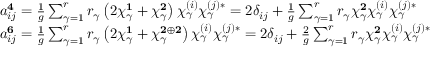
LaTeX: \begin{array} { l } { { a _ { i j } ^ { { \bf 4 } } = \frac { 1 } { g } \sum _ { \gamma = 1 } ^ { r } r _ { \gamma } \left( 2 \chi _ { \gamma } ^ { { \bf 1 } } + \chi _ { \gamma } ^ { { \bf 2 } } \right) \chi _ { \gamma } ^ { ( i ) } \chi _ { \gamma } ^ { ( j ) * } = 2 \delta _ { i j } + \frac { 1 } { g } \sum _ { \gamma = 1 } ^ { r } r _ { \gamma } \chi _ { \gamma } ^ { { \bf 2 } } \chi _ { \gamma } ^ { ( i ) } \chi _ { \gamma } ^ { ( j ) * } } } \\ { { a _ { i j } ^ { { \bf 6 } } = \frac { 1 } { g } \sum _ { \gamma = 1 } ^ { r } r _ { \gamma } \left( 2 \chi _ { \gamma } ^ { { \bf 1 } } + \chi _ { \gamma } ^ { { \bf 2 } \oplus { \bf 2 } } \right) \chi _ { \gamma } ^ { ( i ) } \chi _ { \gamma } ^ { ( j ) * } = 2 \delta _ { i j } + \frac { 2 } { g } \sum _ { \gamma = 1 } ^ { r } r _ { \gamma } \chi _ { \gamma } ^ { { \bf 2 } } \chi _ { \gamma } ^ { ( i ) } \chi _ { \gamma } ^ { ( j ) * } } } \end{array}